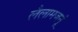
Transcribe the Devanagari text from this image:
लैलामजनूं